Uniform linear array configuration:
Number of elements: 24
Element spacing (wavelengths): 1
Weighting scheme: blackman
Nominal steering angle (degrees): -15
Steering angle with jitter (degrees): -15.955
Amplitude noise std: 0.05
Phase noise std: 0.05

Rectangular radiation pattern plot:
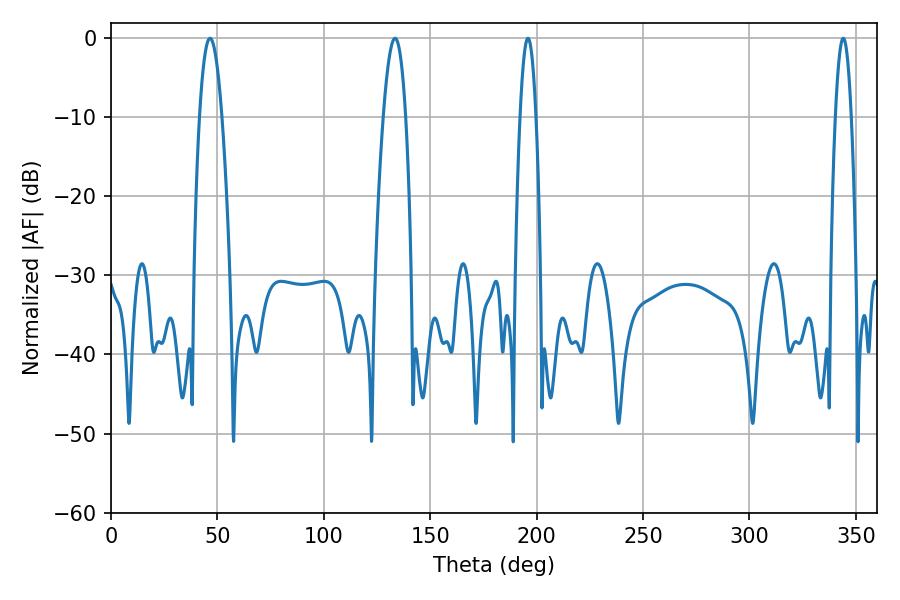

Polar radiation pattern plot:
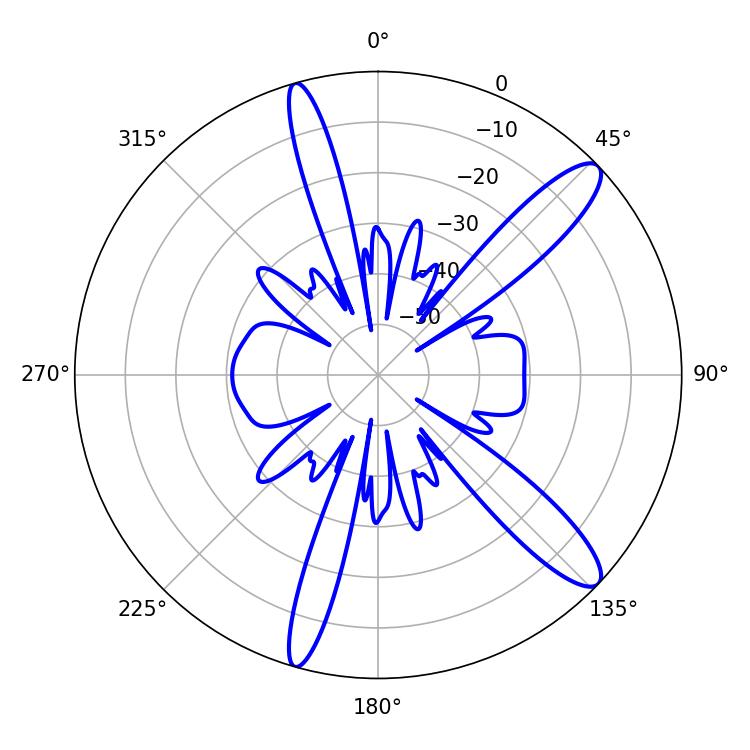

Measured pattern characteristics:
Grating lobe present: TRUE
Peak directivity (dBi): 12.368
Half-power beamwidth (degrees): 5.76
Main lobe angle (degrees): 46.44